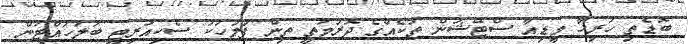
ބޮޑެތި ހުރިހާ މީޑިއާ ސްޓޭޝަން ތަކެއްގެ ދޮރުމަތީ ތިން ފުލުހަކު ސެކިއުރިޓީ ބަލަހައްޓަން